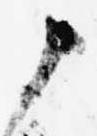
申